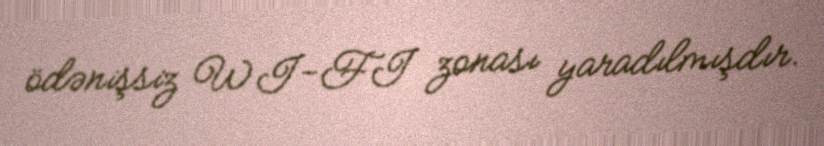
ödənişsiz WI-FI zonası yaradılmışdır.